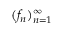
( f _ { n } ) _ { n = 1 } ^ { \infty }